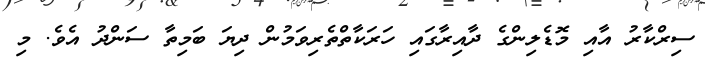
ސިރްކާރު އާއި މޮޑެލިންގެ ދާއިރާގައި ހަރަކާތްތެރިވަމުން ދިޔަ ބަމިތާ ސަންދު އެވެ. މި